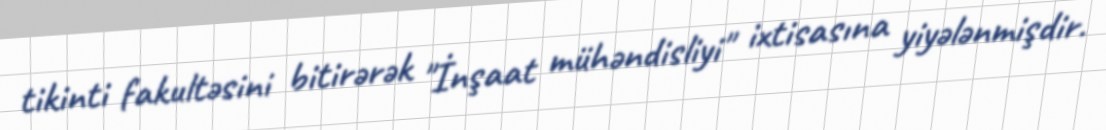
tikinti fakultəsini bitirərək "İnşaat mühəndisliyi" ixtisasına yiyələnmişdir.